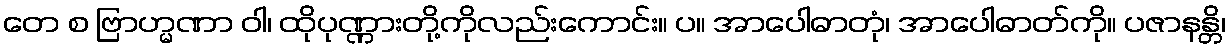
တေ စ ဗြာဟ္မဏာ ဝါ၊ ထိုပုဏ္ဏားတို့ကိုလည်းကောင်း။ ပ။ အာပေါဓာတုံ၊ အာပေါဓာတ်ကို။ ပဇာနန္တိ၊